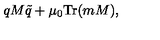
q M \tilde { q } + \mu _ { 0 } \mathrm { T r } ( m M ) ,